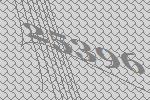
25396